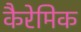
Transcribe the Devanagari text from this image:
कैरेमिक